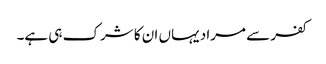
کفر سے مراد یہاں ان کا شرک ہی ہے۔